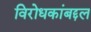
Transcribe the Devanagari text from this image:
विरोधकांबद्दल